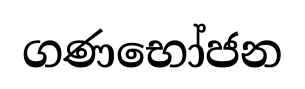
ගණභෝජන